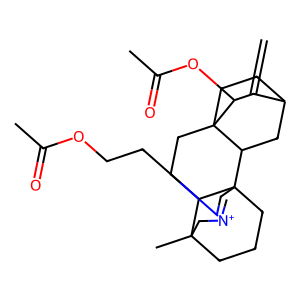
SMILES: C=C1C2CCC3(CCC4C5(C)CCCC4(C=[N+](CCOC(C)=O)C5)C3C2)C1OC(C)=O
Inhibits HIV replication: No